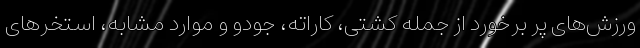
ورزش‌های پر برخورد از جمله کشتی، کاراته، جودو و موارد مشابه، استخر‌های